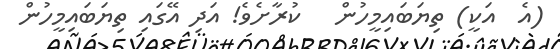
(އެ  އަކީ) ތިޔަބައިމީހުން   ކުރާށެވެ! އަދި އޭގައި ތިޔަބައިމީހުން